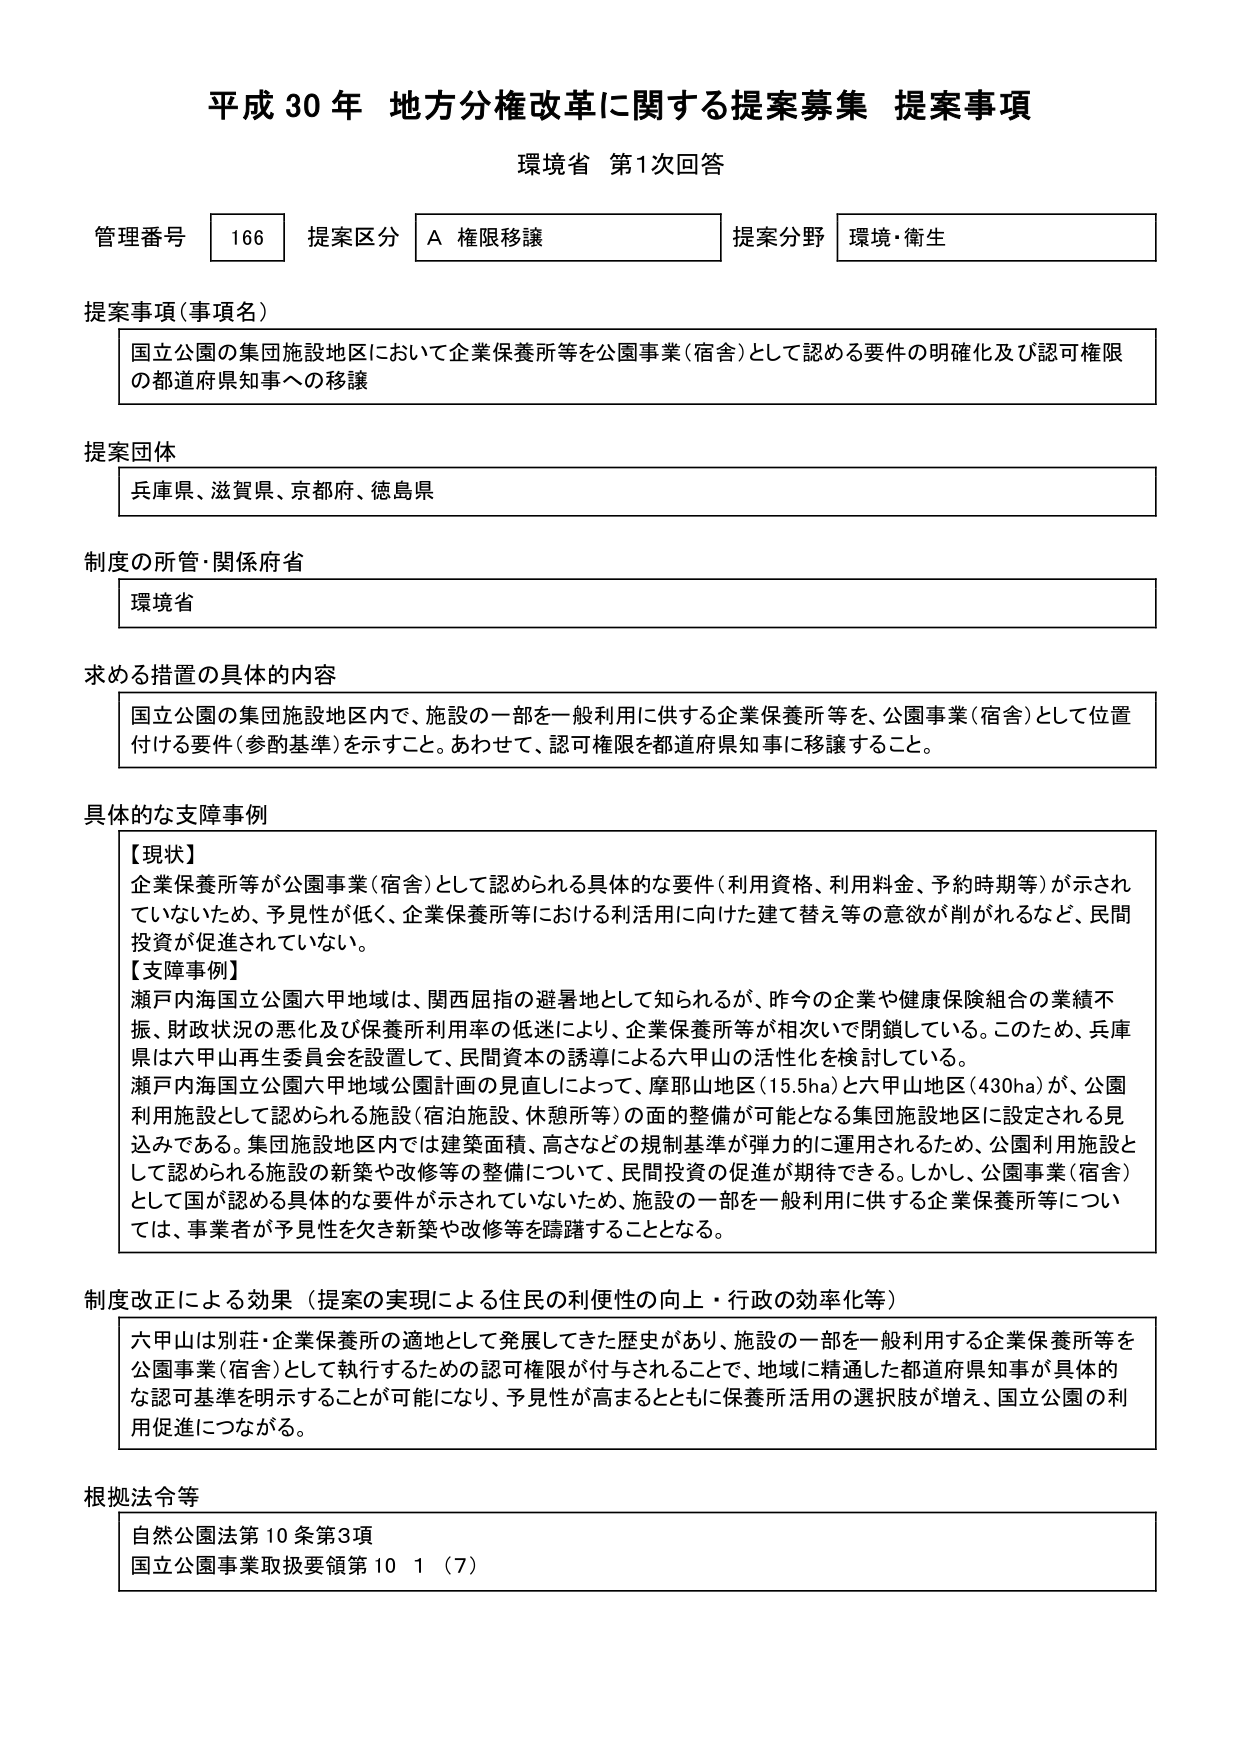
平成30年 地方分権改革に関する提案募集 提案事項
環境省 第1次回答

管理番号 166 提案区分 A 権限移譲 提案分野 環境・衛生

提案事項（事項名）
国立公園の集団施設地区において企業保養所等を公園事業（宿舎）として認める要件の明確化及び認可権限の都道府県知事への移譲

提案団体
兵庫県、滋賀県、京都府、徳島県

制度の所管・関係府省
環境省

求める措置の具体的内容
国立公園の集団施設地区内で、施設の一部を一般利用に供する企業保養所等を、公園事業（宿舎）として位置付ける要件（参酌基準）を示すこと。あわせて、認可権限を都道府県知事に移譲すること。

具体的な支障事例
【現状】
企業保養所等が公園事業（宿舎）として認められる具体的な要件（利用資格、利用料金、予約時期等）が示されていないため、予見性が低く、企業保養所等における利活用に向けた建て替え等の意欲が削がれるなど、民間投資が促進されていない。
【支障事例】
瀬戸内海国立公園六甲地域は、関西屈指の避暑地として知られるが、昨今の企業や健康保険組合の業績不振、財政状況の悪化及び保養所利用率の低迷により、企業保養所等が相次いで閉鎖している。このため、兵庫県は六甲山再生委員会を設置して、民間資本の誘導による六甲山の活性化を検討している。
瀬戸内海国立公園六甲地域公園計画の見直しによって、摩耶山地区（15.5ha）と六甲山地区（430ha）が、公園利用施設として認められる施設（宿泊施設、休憩所等）の面的整備が可能となる集団施設地区に設定される見込みである。集団施設地区内では建築面積、高さなどの規制基準が弾力的に運用されるため、公園利用施設として認められる施設の新築や改修等の整備について、民間投資の促進が期待できる。しかし、公園事業（宿舎）として国が認める具体的な要件が示されていないため、施設の一部を一般利用に供する企業保養所等については、事業者が予見性を欠き新築や改修等を躊躇することとなる。

制度改正による効果（提案の実現による住民の利便性の向上・行政の効率化等）
六甲山は別荘・企業保養所の適地として発展してきた歴史があり、施設の一部を一般利用する企業保養所等を公園事業（宿舎）として執行するための認可権限が付与されることで、地域に精通した都道府県知事が具体的な認可基準を明示することが可能になり、予見性が高まるとともに保養所活用の選択肢が増え、国立公園の利用促進につながる。

根拠法令等
自然公園法第10条第3項
国立公園事業取扱要領第10 1（7）